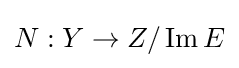
N:Y\to Z/\operatorname {Im} E